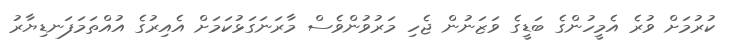
ކުރުމަށް ވުރެ އެމީހުންގެ ބަޑީގެ ވަޒަނުން ޖެހި މަރުވުންވެސް މާރަނަގަޅުކަމަށް އެއިރުގެ އުއްތަމަފަނޑިޔާރު